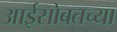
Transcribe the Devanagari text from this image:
आईसोबतच्या